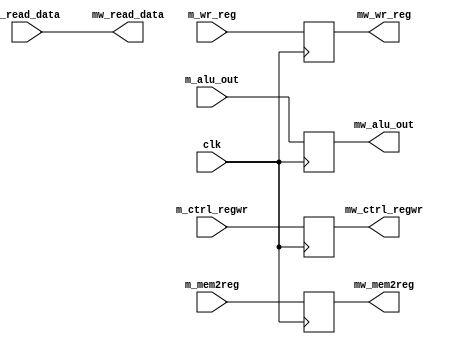
module mem_wb (
input clk,
input [63:0] m_read_data, 
input m_mem2reg,
input m_ctrl_regwr,
input [63:0] m_alu_out,
input [5:0] m_wr_reg,

output [63:0] mw_read_data, 
output mw_mem2reg,
output mw_ctrl_regwr,
output [5:0] mw_wr_reg,
output [63:0] mw_alu_out
);


reg [63:0] mem_wb_regmem [4:0];
always @(*)
begin
	mem_wb_regmem[3]  <= m_read_data;
end


always @(posedge clk)
begin
 	mem_wb_regmem[0]  <= m_mem2reg;
	mem_wb_regmem[1]  <= m_ctrl_regwr;
	mem_wb_regmem[2]  <= m_alu_out;
	mem_wb_regmem[4]  <= m_wr_reg;
end

assign mw_mem2reg    = mem_wb_regmem[0]; 
assign mw_ctrl_regwr = mem_wb_regmem[1];
assign mw_alu_out    = mem_wb_regmem[2];
assign mw_read_data  = mem_wb_regmem[3];
assign mw_wr_reg     = mem_wb_regmem[4];
endmodule